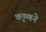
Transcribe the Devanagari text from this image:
कृष्‍णने